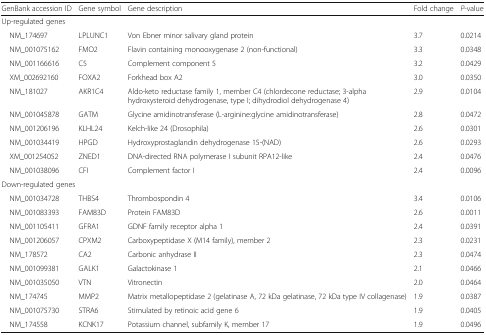
<table><thead><tr><td><b>GenBank accession ID</b></td><td><b>Gene symbol</b></td><td><b>Gene description</b></td><td><b>Fold change</b></td><td><b><i>P</i>-value</b></td></tr></thead><tbody><tr><td colspan="5">Up-regulated genes</td></tr><tr><td> NM_174697</td><td>LPLUNC1</td><td>Von Ebner minor salivary gland protein</td><td>3.7</td><td>0.0214</td></tr><tr><td> NM_001075162</td><td>FMO2</td><td>Flavin containing monooxygenase 2 (non-functional)</td><td>3.3</td><td>0.0348</td></tr><tr><td> NM_001166616</td><td>C5</td><td>Complement component 5</td><td>3.2</td><td>0.0429</td></tr><tr><td> XM_002692160</td><td>FOXA2</td><td>Forkhead box A2</td><td>3.0</td><td>0.0350</td></tr><tr><td> NM_181027</td><td>AKR1C4</td><td>Aldo-keto reductase family 1, member C4 (chlordecone reductase; 3-alpha hydroxysteroid dehydrogenase, type I; dihydrodiol dehydrogenase 4)</td><td>2.9</td><td>0.0104</td></tr><tr><td> NM_001045878</td><td>GATM</td><td>Glycine amidinotransferase (L-arginine:glycine amidinotransferase)</td><td>2.8</td><td>0.0472</td></tr><tr><td> NM_001206196</td><td>KLHL24</td><td>Kelch-like 24 (Drosophila)</td><td>2.6</td><td>0.0301</td></tr><tr><td> NM_001034419</td><td>HPGD</td><td>Hydroxyprostaglandin dehydrogenase 15-(NAD)</td><td>2.6</td><td>0.0293</td></tr><tr><td> XM_001254052</td><td>ZNED1</td><td>DNA-directed RNA polymerase I subunit RPA12-like</td><td>2.4</td><td>0.0476</td></tr><tr><td> NM_001038096</td><td>CFI</td><td>Complement factor I</td><td>2.4</td><td>0.0096</td></tr><tr><td colspan="5">Down-regulated genes</td></tr><tr><td> NM_001034728</td><td>THBS4</td><td>Thrombospondin 4</td><td>3.4</td><td>0.0106</td></tr><tr><td> NM_001083393</td><td>FAM83D</td><td>Protein FAM83D</td><td>2.6</td><td>0.0011</td></tr><tr><td> NM_001105411</td><td>GFRA1</td><td>GDNF family receptor alpha 1</td><td>2.4</td><td>0.0391</td></tr><tr><td> NM_001206057</td><td>CPXM2</td><td>Carboxypeptidase X (M14 family), member 2</td><td>2.3</td><td>0.0231</td></tr><tr><td> NM_178572</td><td>CA2</td><td>Carbonic anhydrase II</td><td>2.3</td><td>0.0474</td></tr><tr><td> NM_001099381</td><td>GALK1</td><td>Galactokinase 1</td><td>2.1</td><td>0.0466</td></tr><tr><td> NM_001035050</td><td>VTN</td><td>Vitronectin</td><td>2.0</td><td>0.0464</td></tr><tr><td> NM_174745</td><td>MMP2</td><td>Matrix metallopeptidase 2 (gelatinase A, 72 kDa gelatinase, 72 kDa type IV collagenase)</td><td>1.9</td><td>0.0387</td></tr><tr><td> NM_001075730</td><td>STRA6</td><td>Stimulated by retinoic acid gene 6</td><td>1.9</td><td>0.0405</td></tr><tr><td> NM_174558</td><td>KCNK17</td><td>Potassium channel, subfamily K, member 17</td><td>1.9</td><td>0.0496</td></tr></tbody></table>